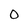
Character: O